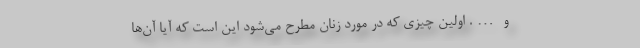
و …. اولین چیزی که در مورد زنان مطرح می‌شود این است که آیا آن‌ها